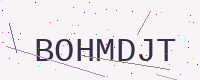
Text: BOHMDJT